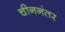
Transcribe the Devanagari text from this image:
चीननंतर